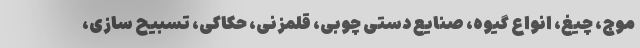
موج، چیغ، انواع گیوه، صنایع دستی چوبی، قلمزنی، حکاکی، تسبیح سازی،